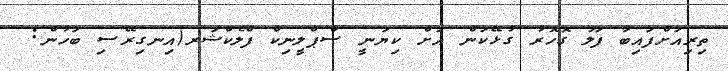
ތިރިއަށްފައިބާ ފަލަ ގޮހޮރު ގުޅޭކަން އަށް ކިޔަނީ ސްޕްލީނިކް ފްލެކްޝަރ(އިނގިރޭސި ބަހުން: